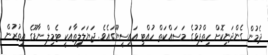
ދެމުން ގެންދަނިކޮށް ހިތްޕުޅުގެ މަސައްކަތް ހުއްޓި އައިސީޔޫގައެވެ. ޖަޔަލަލީތާއަކީ ޓެމިލް ނާޑޫގެ އިތުރުން